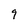
Character: 9